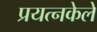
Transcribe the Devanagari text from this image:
प्रयत्‍नकेले